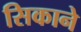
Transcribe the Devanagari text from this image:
सिकाने